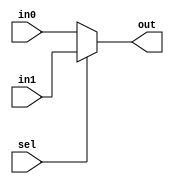
module Mux_2to1_array (
    out,
    sel,
    in0,
    in1
);
    input sel;
    input [31:0] in0, in1;
    output [31:0] out;

    assign out = sel ? in1 : in0;
endmodule